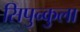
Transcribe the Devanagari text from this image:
सिपुन्कुला